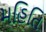
મહિતિ